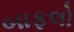
બાફલો